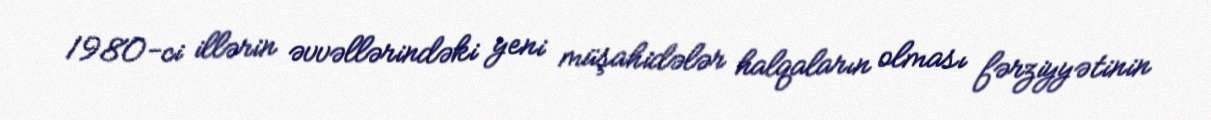
1980-ci illərin əvvəllərindəki yeni müşahidələr halqaların olması fərziyyətinin